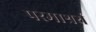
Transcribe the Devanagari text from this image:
परमाश्रर्य